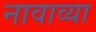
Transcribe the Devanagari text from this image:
नावाव्या